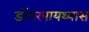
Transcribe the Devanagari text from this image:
डोंगरपायथ्यास